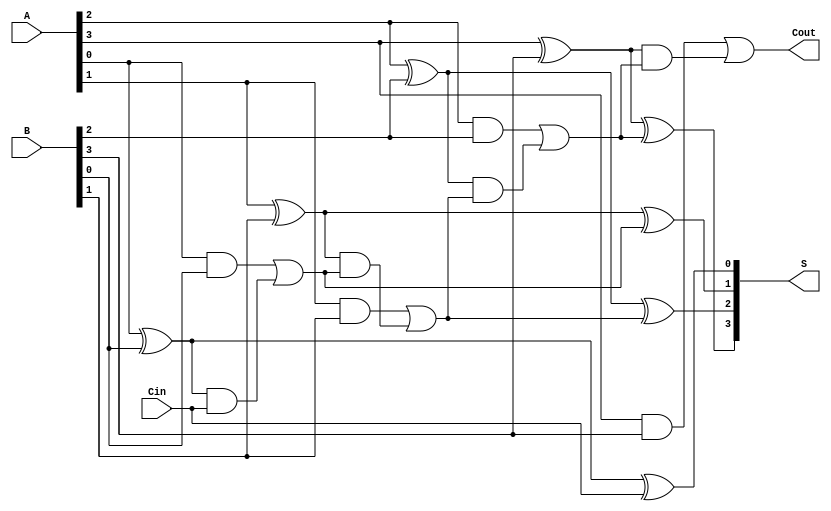
module han_carlson_adder #(
    parameter N = 4  // Parameter for bit-width (can adjust as needed)
)(
    input  [N-1:0] A,     // First n-bit input
    input  [N-1:0] B,     // Second n-bit input
    input         Cin,     // Carry-in
    output [N-1:0] S,      // n-bit Sum output
    output        Cout      // Carry-out output
);

    wire [N:0] carry;  // Carry wires for n-bit (carry[N] is Cout)
    assign carry[0] = Cin;  // Initialize the first carry input

    // Generate carry and sum for each bit
    genvar i;
    generate
        for (i = 0; i < N; i = i + 1) begin : adder_bit
            // Sum calculation
            assign S[i] = A[i] ^ B[i] ^ carry[i];

            // Carry generation
            assign carry[i + 1] = (A[i] & B[i]) | ((A[i] ^ B[i]) & carry[i]);
        end
    endgenerate

    // Final carry-out
    assign Cout = carry[N];

endmodule